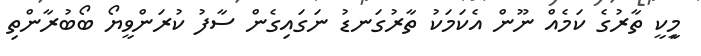
މިީކީ ތާރުގެ ކަމެއް ނޫން އެކަމަކު ތާރުގަނޑު ނަގައިގެން ސާފު ކުރަންވީޔޯ ބޯބުރާންތި